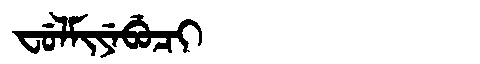
Manchu: ᠸᡠᠯᠮᡳᠶᡝᠪᡠᠴᡳ
Romanization: FULMIYEBUCI